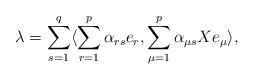
LaTeX: \begin{align*}\lambda= \sum_{s=1}^q\langle \sum_{r=1}^p \alpha_{rs} e_r,\sum_{\mu=1}^p \alpha_{\mu s} X e_{\mu}\rangle,\end{align*}